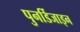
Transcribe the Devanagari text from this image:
पुनर्डिजाइन